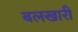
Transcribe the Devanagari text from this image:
बलखारी